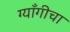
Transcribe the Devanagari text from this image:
ग्याँगीचा